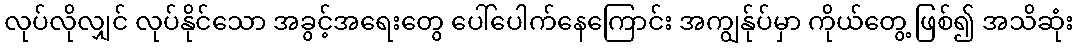
လုပ်လိုလျှင် လုပ်နိုင်သော အခွင့်အရေးတွေ ပေါ်ပေါက်နေကြောင်း အကျွန်ုပ်မှာ ကိုယ်တွေ့ ဖြစ်၍ အသိဆုံး